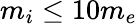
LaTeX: m_{i}\le 10m_{e}